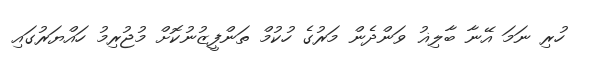
ހުރި ނަމަ އޭނާ ބާލިޣު ވަންދެން މަރުގެ ހުކުމް ތަންފީޒުނުކޮށް މުޖުރިމު ހައްޔަރުގައި